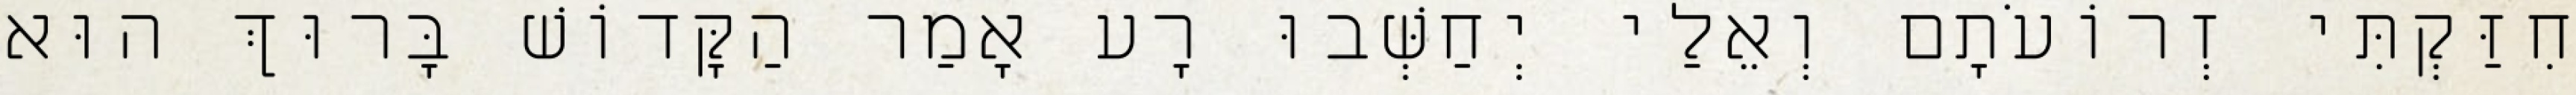
חִזַּקְתִּי זְרוֹעֹתָם וְאֵלַי יְחַשְּׁבוּ רָע אָמַר הַקָּדוֹשׁ בָּרוּךְ הוּא